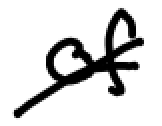
Text: of
Cross-out: diagonal
Writing tool: digital_black